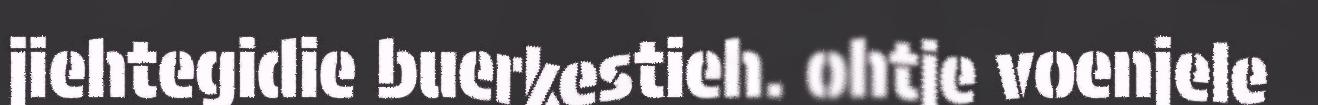
jiehtegidie buerkestieh. ohtje voenjele